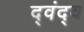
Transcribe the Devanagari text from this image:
द्‍वंद्‍व